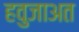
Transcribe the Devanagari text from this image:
हवुजाअत